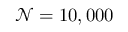
\mathcal { N } = 1 0 , 0 0 0